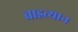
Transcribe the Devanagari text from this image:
चाइत्यान